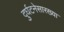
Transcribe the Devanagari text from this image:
दुर्घटनेसारख्या